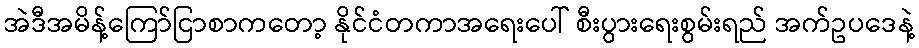
အဲဒီအမိန့်ကြော်ငြာစာကတော့ နိုင်ငံတကာအရေးပေါ် စီးပွားရေးစွမ်းရည် အက်ဥပဒေနဲ့